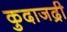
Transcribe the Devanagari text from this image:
कुदाजद्री